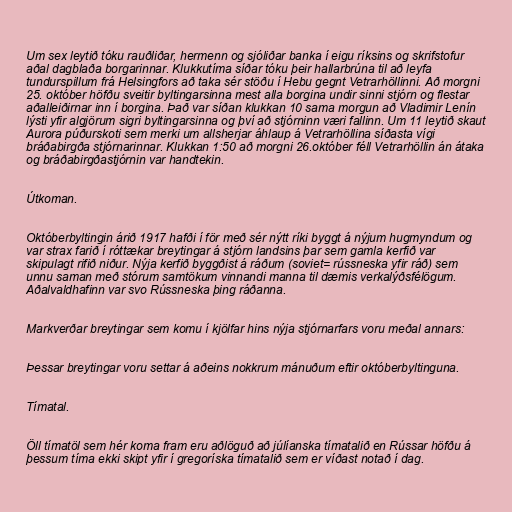
Um sex leytið tóku rauðliðar, hermenn og sjóliðar banka í eigu ríksins og skrifstofur
aðal dagblaða borgarinnar. Klukkutíma síðar tóku þeir hallarbrúna til að leyfa
tundurspillum frá Helsingfors að taka sér stöðu í Hebu gegnt Vetrarhöllinni. Að morgni
25. október höfðu sveitir byltingarsinna mest alla borgina undir sinni stjórn og flestar
aðalleiðirnar inn í borgina. Það var síðan klukkan 10 sama morgun að Vladimir Lenín
lýsti yfir algjörum sigri byltingarsinna og því að stjórninn væri fallinn. Um 11 leytið skaut
Aurora púðurskoti sem merki um allsherjar áhlaup á Vetrarhöllina síðasta vígi
bráðabirgða stjórnarinnar. Klukkan 1:50 að morgni 26.október féll Vetrarhöllin án átaka
og bráðabirgðastjórnin var handtekin.

Útkoman.

Októberbyltingin árið 1917 hafði í för með sér nýtt ríki byggt á nýjum hugmyndum og
var strax farið í róttækar breytingar á stjórn landsins þar sem gamla kerfið var
skipulagt rifið niður. Nýja kerfið byggðist á ráðum (soviet= rússneska yfir ráð) sem
unnu saman með stórum samtökum vinnandi manna til dæmis verkalýðsfélögum.
Aðalvaldhafinn var svo Rússneska þing ráðanna.

Markverðar breytingar sem komu í kjölfar hins nýja stjórnarfars voru meðal annars:

Þessar breytingar voru settar á aðeins nokkrum mánuðum eftir októberbyltinguna.

Tímatal.

Öll tímatöl sem hér koma fram eru aðlöguð að júlíanska tímatalið en Rússar höfðu á
þessum tíma ekki skipt yfir í gregoríska tímatalið sem er víðast notað í dag.